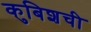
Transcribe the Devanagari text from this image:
कुबिशची